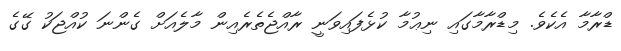
ޑްރާމާ އެކެވެ. މިޑްރާމާގައި ނިޢުމާ ކުޅެފައިވަނީ ރާއްޖެތެރެއިން މާލެއަށް ގެންނަ ކުއްޖަކު ގޭގެ